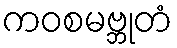
ကဝစမဗ္ဘုတံ